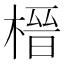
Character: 榗